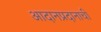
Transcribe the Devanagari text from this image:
आदानप्रदानाची